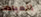
العيادات